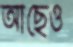
আছেও